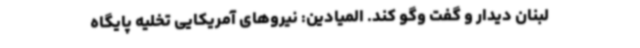
لبنان دیدار و گفت وگو کند. المیادین: نیروهای آمریکایی تخلیه پایگاه